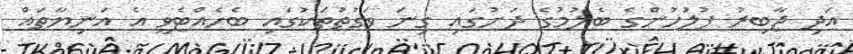
އަދި ޖާބިރު ފުލުހުންގެ ބެލުމުގެ ދަށުގައި ގިނަ ވަގުތުތަކުގައި ބެހެއްޓެވީ އެ އަނިޔާތައް